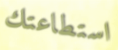
استطاعتك